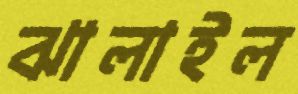
ঝালাইল